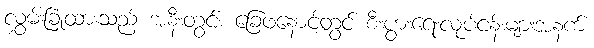
လွှမ်းခြုံထားသည့် အနီးတွင်း ခြေဖနောင့်တွင် စီးပွားရေးလုပ်ငန်းများအနက်